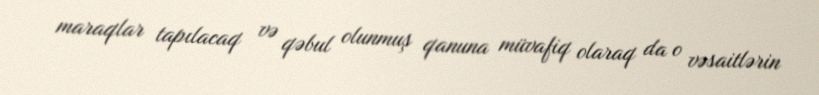
maraqlar tapılacaq və qəbul olunmuş qanuna müvafiq olaraq da o vəsaitlərin